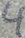
Text: 4